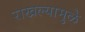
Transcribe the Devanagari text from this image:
राखल्यामुळे